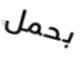
بحمل